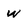
Character: w